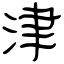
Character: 津